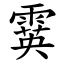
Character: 霙